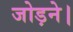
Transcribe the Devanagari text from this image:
जोड़ने।